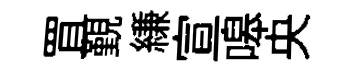
罝覲縑宣嗥央